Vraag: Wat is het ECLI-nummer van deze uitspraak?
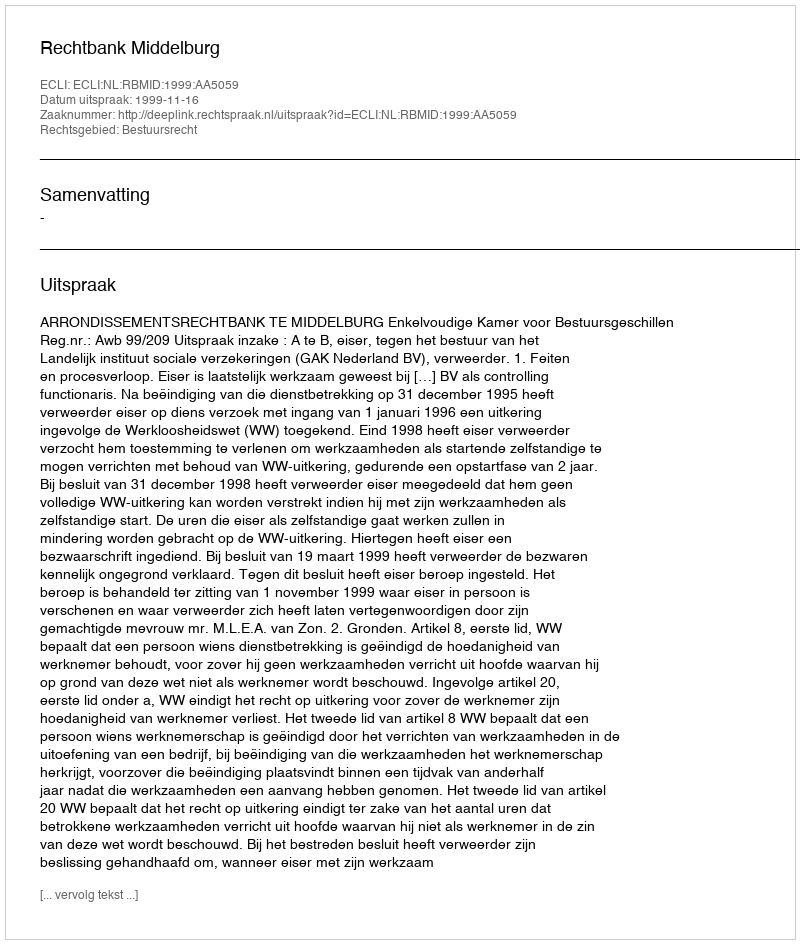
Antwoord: ECLI:NL:RBMID:1999:AA5059